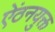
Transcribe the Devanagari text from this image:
ऐंठनयुक्त